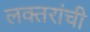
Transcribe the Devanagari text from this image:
लक्‍तरांची